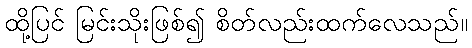
ထို့ပြင် မြင်းသိုးဖြစ်၍ စိတ်လည်းထက်လေသည်။